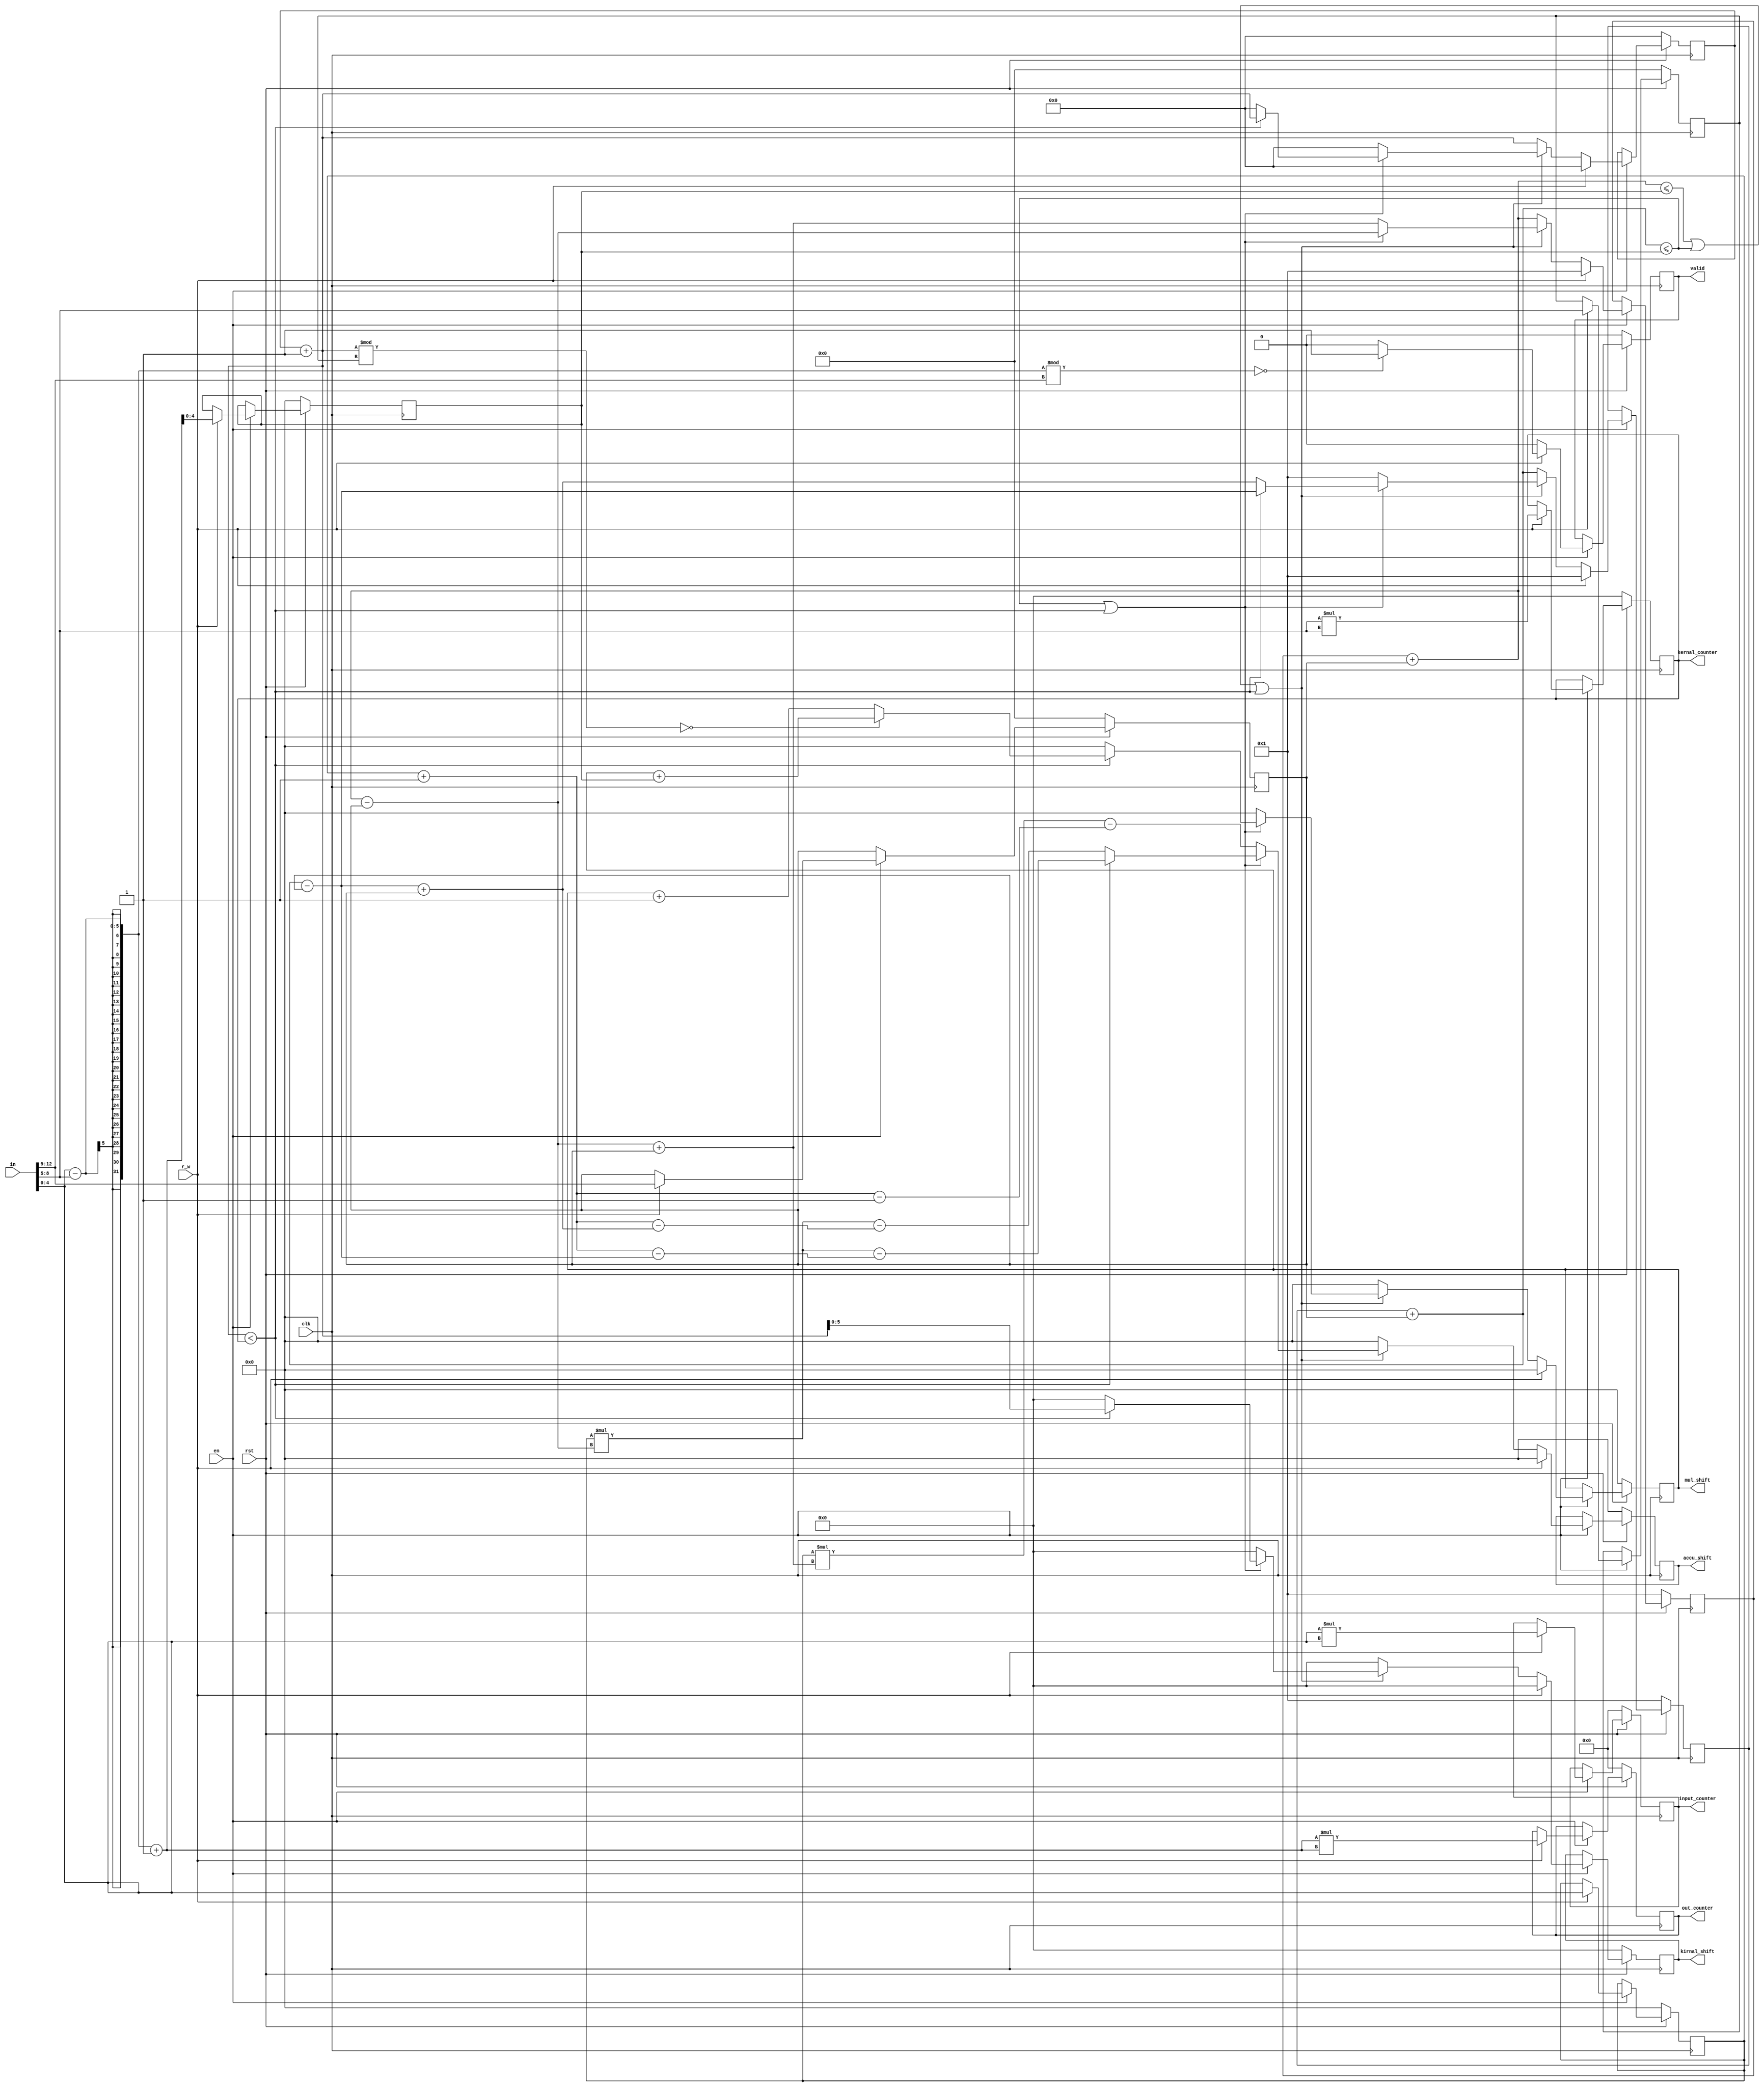
module register (
    input clk, rst, en, r_w,
    input [127:0] in,
    output reg [4:0] mul_shift, accu_shift ,
    output reg [5:0] kirnal_shift, kernal_counter,
    output reg [9:0] input_counter,out_counter,
    output reg valid

);
reg [4:0] L, row_shift, column, row ;
reg [3:0] m, s ;
reg [7:0] eliment ;



    always @(posedge clk   ) begin
        if (! rst) begin
            L               <= 0;    //// row of input
            m               <= 0;    //// row of kirnal
            s               <= 0;    //// strride
            mul_shift       <= 0; 
            accu_shift      <= 0;
            kirnal_shift    <= 0;
            eliment         <= 0;
            column          <= 1;
            row             <= 1;
            row_shift       <= 0;
            kernal_counter  <= 0;
            valid          <= 0;
            input_counter   <= 0;
            out_counter     <= 0;

        end
        else begin
            if (en)begin
                if (r_w) begin
                    L               = in[4:0];    //// row of input
                    m               = in[8:5];    //// row of kirnal
                    s               = in[12:9];    //// strride
                    row_shift       = (L-m) + 1;
                    kernal_counter  = m * m;  
                    input_counter   = L * L;
                    out_counter     = ((L-m) + 1) * ((L-m) + 1);
                    if((L-m)%s == 0)
                        valid       = 1;
                     else   
                        valid       = 0;
                    mul_shift       = 0; 
                    accu_shift      = 0;
                    kirnal_shift    = 0;
                    eliment         = 0;
                    column          = 1;
                    row             = 1;

                end
                else begin
                    valid = 0;

                        eliment = eliment + 1; 
                        column  = column  + s;
                        row     = row     + s;
                        if (row <= row_shift || column  <= row_shift || eliment < kernal_counter) begin
                            row     = row     - s;
                            if (column  <= row_shift || eliment < kernal_counter) begin
                                column  = column  - s;
                                accu_shift  = (L * row ) - (L + 1 - column ) ;
                                
                                
                                
                                if (eliment < kernal_counter) begin
                                    if((eliment ) % m == 0)begin
                                        mul_shift <= mul_shift + row_shift  ; 
                                        
                                        kirnal_shift <= eliment   ;    
                                    end
                                    else begin 
                                        mul_shift <= mul_shift + 1; 
                                        
                                        kirnal_shift <= eliment  ;
                                    end
                                end
                                else begin
                                    eliment = 0;
                                    column  = column  + s;
                                    accu_shift  = (L * row ) - (L + 1 - column ) ;
                                    
                                    kirnal_shift = 0  ;
                                    mul_shift = 0  ;  
                                end
                            end
                            else begin
                                column  = 1;
                                row = row + s;
                                eliment = 0;
                                accu_shift  = (L * row ) - (L + 1 - column ) ;
                                
                                kirnal_shift = 0  ;
                                mul_shift = 0  ;                    
                            end
                        end
                        else begin
                            kirnal_shift = 0  ;
                            mul_shift = 0  ; 
                            accu_shift = 0 ;
                        end
                        
                    
                end
            end    
            else
                begin
                   
                    mul_shift  = mul_shift ; 
                    accu_shift = accu_shift;
                    kirnal_shift = kirnal_shift ;
            
                end 
                
            
            
        end
        
    end

endmodule